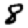
Digit: 8